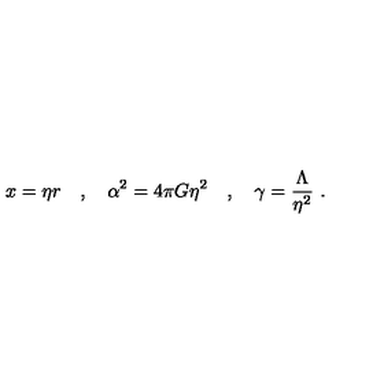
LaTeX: x = \eta r \quad , \quad \alpha ^ { 2 } = 4 \pi G \eta ^ { 2 } \quad , \quad \gamma = \frac { \Lambda } { \eta ^ { 2 } } \ .